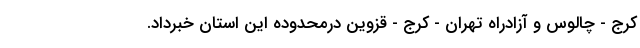
کرج - چالوس و آزادراه تهران - کرج - قزوین درمحدوده این استان خبرداد.